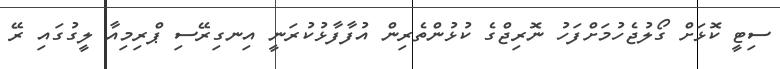
ސިޓީ ކޮޅަށް ގޯލުޖެހުމަށްފަހު ނޮރިޖްގެ ކުޅުންތެރިން އުފާފާޅުކުރަނީ އިނގިރޭސި ޕްރިމިއާ ލީގުގައި ރޭ